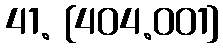
41. [404.001]